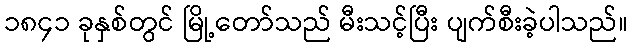
၁၈၄၁ ခုနှစ်တွင် မြို့တော်သည် မီးသင့်ပြီး ပျက်စီးခဲ့ပါသည်။